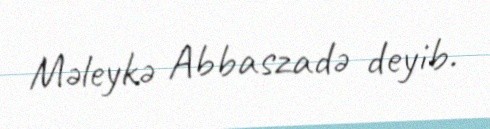
Məleykə Abbaszadə deyib.